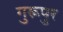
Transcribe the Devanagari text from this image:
गुरूपुर